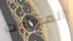
المؤشرات